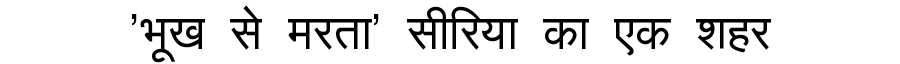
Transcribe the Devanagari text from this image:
'भूख से मरता' सीरिया का एक शहर